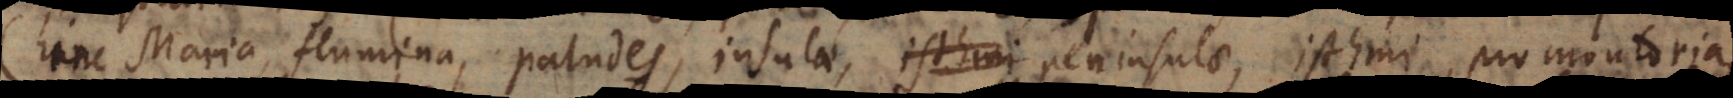
(hinc Maria, Flumina, Paludes, Insulae, Isthmi Peninsulae, Isthmi, Promontoria,